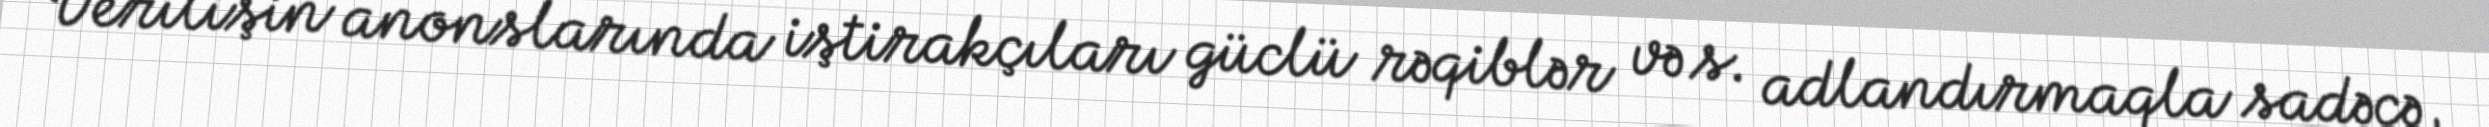
Verilişin anonslarında iştirakçıları güclü rəqiblər və s. adlandırmaqla sadəcə,